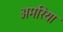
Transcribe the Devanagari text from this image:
अमरिया